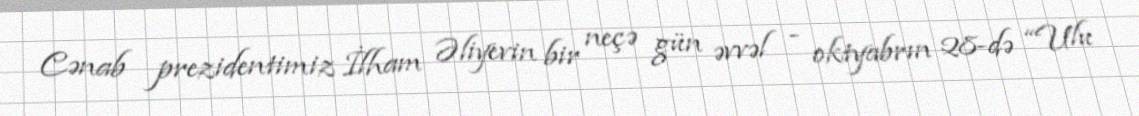
Cənab prezidentimiz İlham Əliyevin bir neçə gün əvvəl - oktyabrın 28-də “Ulu